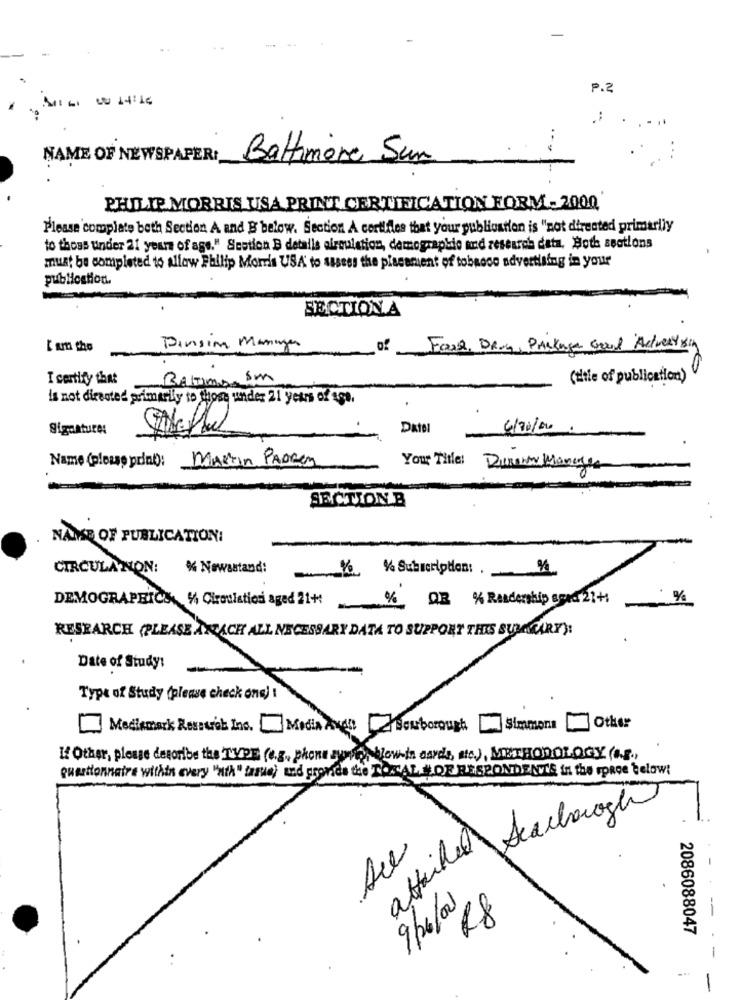
P.2
---- 11
...
NAME OF NEWSPAPER:
Baltimore Sun
PHILIP MORRIS USA PRINT CERTIFICATION FORM- 2000
Please complate both Section A and B'below. Section A cortiiles that your publication is "not directed primarily
to thoss under 21 years of age." Scotich B details circulation, dermographie and research data, Both sections
must be completed to allow Philip Morris USA to sasess the placement of tobacco advertising in your
publication.
SECTION A
I am the
Parsing Manager
Fase, DR.y, Package Good Advertising
I certify that
BAKTIms.Sm
(title of publication)
is not directed primarily to those under 21 years of age.
Signatures
Datel
4/70/00
Name (please print): MARTIN PARRen
Your This: Durena Manager
SECTION B
NAISE OF PUBLICATION:
CIRCULA NON:
% Newsstand:
DEMOGRAPHICS, 4 Circulationi aged 21+
% Q3 % Readership spod 21+1
%
RESEARCH (PLEASE ATTACH ALL NECESSARY DATA TO SUPPORT THIS SUBAKARY):
Date of Study:
Type of Study (please check ona) !
Mediemark Research Ins. Media And !! Souborough
Simmons
Other
If Other, please deeoribe the TYPE (e.g ., phone zywo, Now-in cards, ate), METHODOLOGY (a.F .,
Questionnaire within every "nth" fartia) wad gronds the TOKCAL # OF RESPONDENV'S In the space telow!
attached
Are
-
9/6/0018
2086088047
-
-